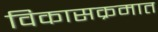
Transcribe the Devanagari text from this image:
विकासक्रमात